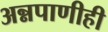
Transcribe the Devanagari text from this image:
अन्नपाणीही